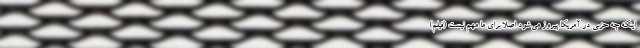
اینکه چه حزبی در آمریکا پیروز می‌شود اصلا برای ما مهم نیست (فیلم)